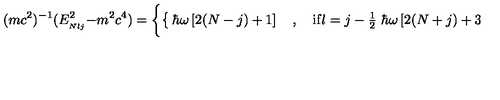
( m c ^ { 2 } ) ^ { - 1 } ( E _ { _ { N l j } } ^ { 2 } - m ^ { 2 } c ^ { 4 } ) = \left\{ \begin{cases} { \hbar \omega \left[ 2 ( N - j ) + 1 \right] \quad , \quad \mathrm { i f } l = j - { \frac { 1 } { 2 } } } & { } \\ { \hbar \omega \left[ 2 ( N + j ) + 3 \right] \quad , \quad \mathrm { i f } l = j + { \frac { 1 } { 2 } } } & { \quad . } \\ \end{cases} \right.